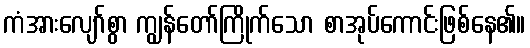
ကံအားလျော်စွာ ကျွန်တော်ကြိုက်သော စာအုပ်ကောင်းဖြစ်နေ၏။